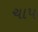
ચાપ